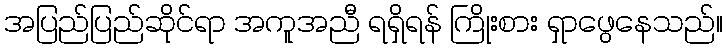
အပြည်ပြည်ဆိုင်ရာ အကူအညီ ရရှိရန် ကြိုးစား ရှာဖွေနေသည်။